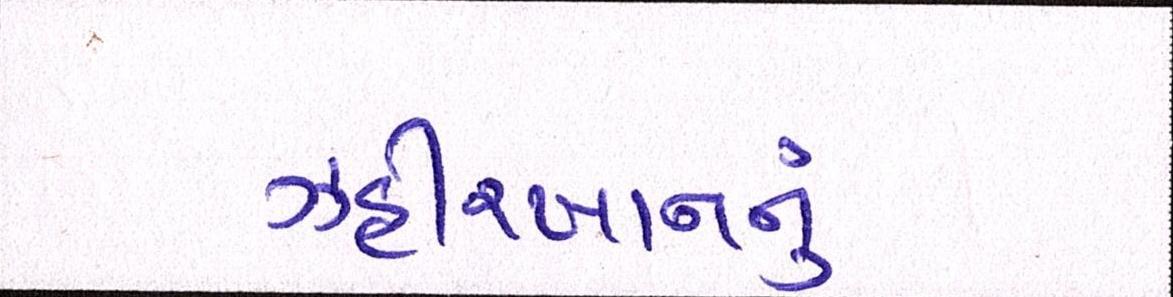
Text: ઝહીરખાનનું